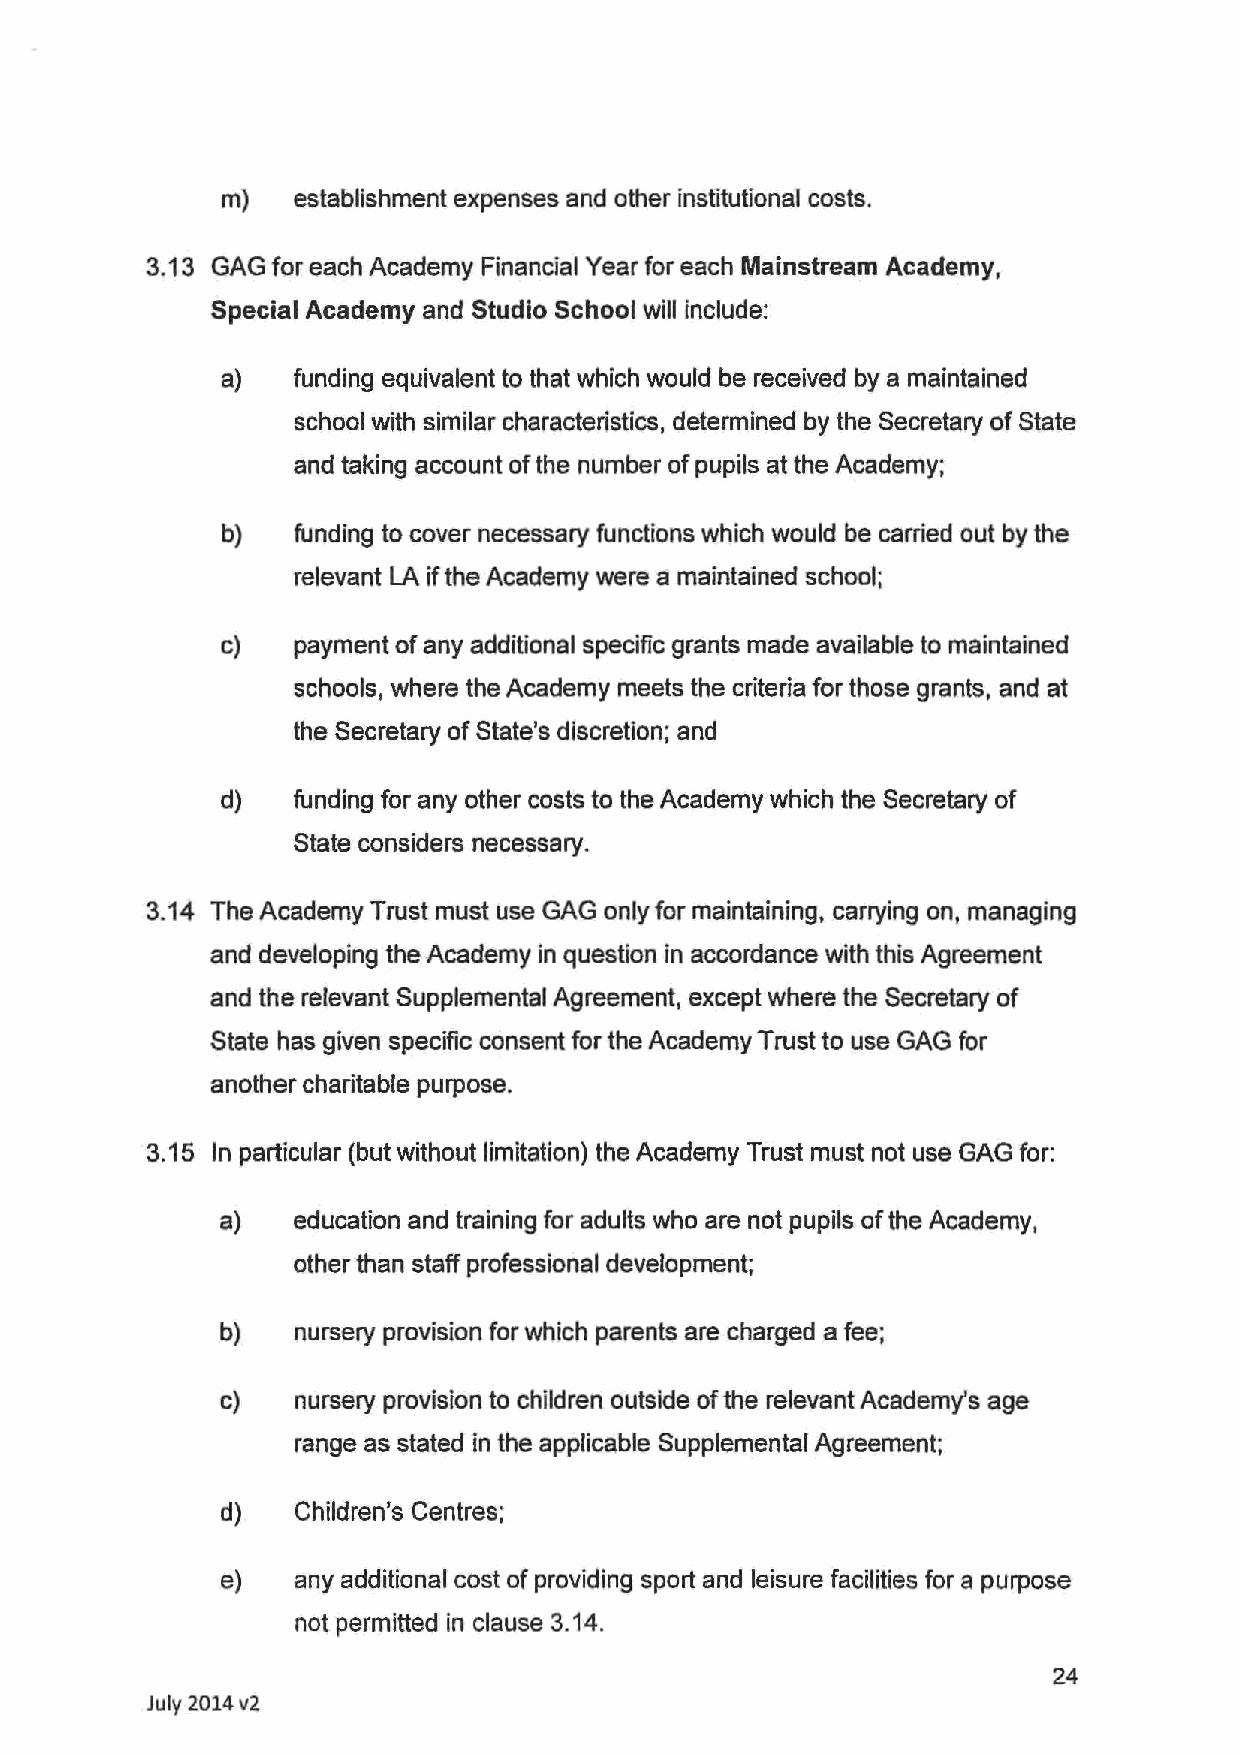
m)   establishment expenses and other institutional costs.
 3.13 GAG for each Academy Financial Year for each Mainstream Academy,
 Special Academy and Studio School will include:
 a)   funding equivalent to that which would be received by a maintained
 school with similar characteristics, determined by the Secretary of State
 and taking account of the number of pupils at the Academy;
 b)   funding to cover necessary functions which would be carried out by the
 relevant LA if the Academy were a maintained school;
 c)   payment of any additional specific grants made available to maintained
 schools, where the Academy meets the criteria for those grants, and at
 the Secretary of State's discretion; and
 d)   funding for any other costs to the Academy which the Secretary of
 State considers necessary.
 3.14 The Academy Trust must use GAG only for maintaining, carrying on, managing
 and developing the Academy in question in accordance with this Agreement
 and the relevant Supplemental Agreement, except where the Secretary of
 State has given specific consent for the Academy Trust to use GAG for
 another charitable purpose.
 3.15 In particular (but without limitation) the Academy Trust must not use GAG for:
 a)   education and training for adults who are not pupils of the Academy,
 other than staff professional development;
 b)   nursery provision for which parents are charged a fee;
 c)   nursery provision to children outside of the relevant Academy's age
 range as stated in the applicable Supplemental Agreement;
 d)   Children's Centres;
 e)   any additional cost of providing sport and leisure facilities for a purpose
 not permitted in clause 3.14.
 24
 July 2014 v2